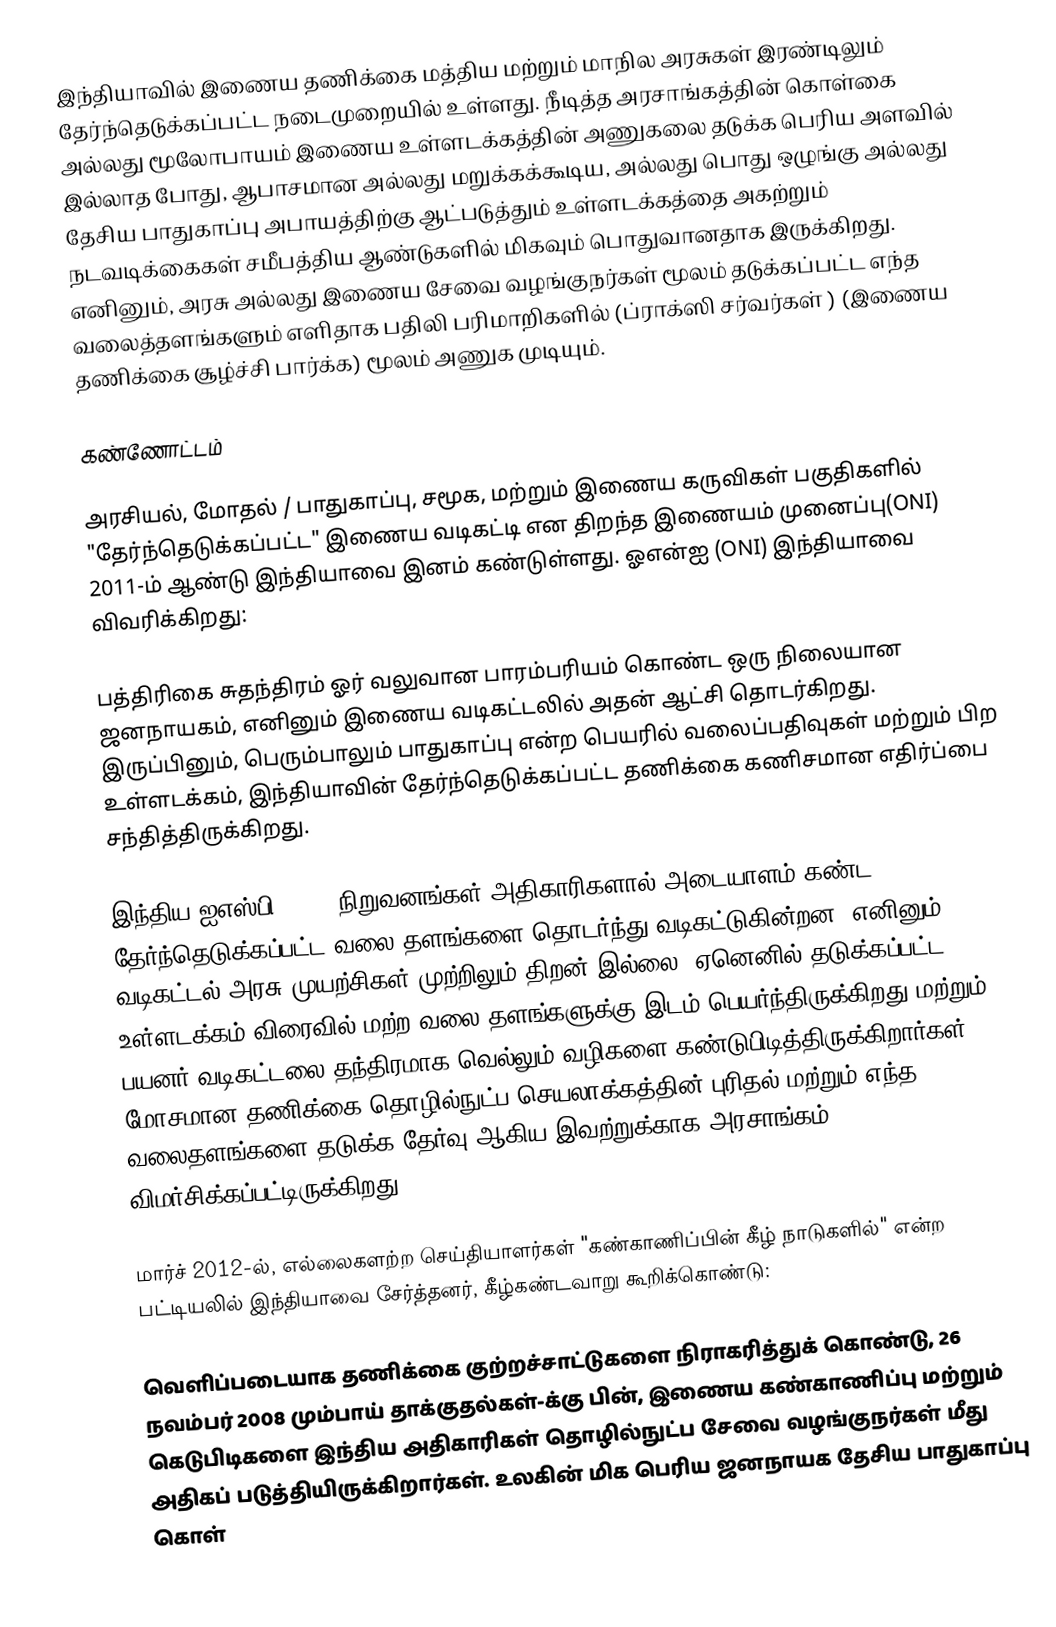
இந்தியாவில் இணைய தணிக்கை மத்திய மற்றும் மாநில அரசுகள் இரண்டிலும்  தேர்ந்தெடுக்கப்பட்ட நடைமுறையில் உள்ளது. நீடித்த அரசாங்கத்தின் கொள்கை அல்லது மூலோபாயம் இணைய உள்ளடக்கத்தின் அணுகலை தடுக்க பெரிய அளவில் இல்லாத போது, ஆபாசமான அல்லது மறுக்கக்கூடிய, அல்லது பொது ஒழுங்கு அல்லது தேசிய பாதுகாப்பு அபாயத்திற்கு ஆட்படுத்தும்  உள்ளடக்கத்தை அகற்றும் நடவடிக்கைகள் சமீபத்திய ஆண்டுகளில் மிகவும் பொதுவானதாக இருக்கிறது. எனினும், அரசு அல்லது இணைய சேவை வழங்குநர்கள் மூலம் தடுக்கப்பட்ட எந்த வலைத்தளங்களும் எளிதாக பதிலி பரிமாறிகளில் (ப்ராக்ஸி சர்வர்கள் ) (இணைய தணிக்கை சூழ்ச்சி பார்க்க) மூலம் அணுக முடியும்.

கண்ணோட்டம்

அரசியல், மோதல் / பாதுகாப்பு, சமூக, மற்றும் இணைய கருவிகள் பகுதிகளில் "தேர்ந்தெடுக்கப்பட்ட" இணைய வடிகட்டி என திறந்த இணையம் முனைப்பு(ONI)  2011-ம் ஆண்டு இந்தியாவை இனம் கண்டுள்ளது. ஓஎன்ஐ (ONI) இந்தியாவை விவரிக்கிறது:

பத்திரிகை சுதந்திரம் ஓர் வலுவான பாரம்பரியம் கொண்ட ஒரு நிலையான ஜனநாயகம், எனினும் இணைய வடிகட்டலில் அதன் ஆட்சி தொடர்கிறது. இருப்பினும், பெரும்பாலும் பாதுகாப்பு என்ற பெயரில் வலைப்பதிவுகள் மற்றும் பிற உள்ளடக்கம், இந்தியாவின் தேர்ந்தெடுக்கப்பட்ட தணிக்கை கணிசமான எதிர்ப்பை சந்தித்திருக்கிறது.

இந்திய ஐஎஸ்பி (ISP) நிறுவனங்கள் அதிகாரிகளால் அடையாளம் கண்ட தேர்ந்தெடுக்கப்பட்ட வலை தளங்களை   தொடர்ந்து வடிகட்டுகின்றன. எனினும், வடிகட்டல் அரசு முயற்சிகள் முற்றிலும் திறன் இல்லை. ஏனெனில் தடுக்கப்பட்ட உள்ளடக்கம் விரைவில் மற்ற வலை தளங்களுக்கு இடம் பெயர்ந்திருக்கிறது மற்றும் பயனர் வடிகட்டலை தந்திரமாக வெல்லும் வழிகளை கண்டுபிடித்திருக்கிறார்கள். மோசமான தணிக்கை தொழில்நுட்ப செயலாக்கத்தின் புரிதல் மற்றும்  எந்த வலைதளங்களை தடுக்க தேர்வு ஆகிய இவற்றுக்காக அரசாங்கம் விமர்சிக்கப்பட்டிருக்கிறது.

மார்ச் 2012-ல், எல்லைகளற்ற செய்தியாளர்கள் "கண்காணிப்பின் கீழ் நாடுகளில்" என்ற பட்டியலில் இந்தியாவை சேர்த்தனர், கீழ்கண்டவாறு கூறிக்கொண்டு:

வெளிப்படையாக தணிக்கை குற்றச்சாட்டுகளை நிராகரித்துக் கொண்டு, 26 நவம்பர் 2008 மும்பாய் தாக்குதல்கள்-க்கு பின், இணைய கண்காணிப்பு மற்றும் கெடுபிடிகளை இந்திய அதிகாரிகள் தொழில்நுட்ப சேவை வழங்குநர்கள் மீது அதிகப் படுத்தியிருக்கிறார்கள். உலகின் மிக பெரிய ஜனநாயக தேசிய பாதுகாப்பு கொள்